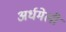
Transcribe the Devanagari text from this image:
अर्धमेली